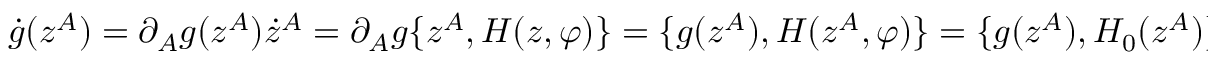
\dot { g } ( z ^ { A } ) = \partial _ { A } g ( z ^ { A } ) \dot { z } ^ { A } = \partial _ { A } g \{ z ^ { A } , H ( z , \varphi ) \} = \{ g ( z ^ { A } ) , H ( z ^ { A } , \varphi ) \} = \{ g ( z ^ { A } ) , H _ { 0 } ( z ^ { A } ) \} = 0